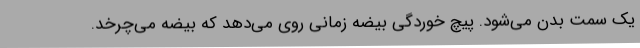
یک سمت بدن می‌شود. پیچ خوردگی بیضه زمانی روی می‌دهد که بیضه می‌چرخد.